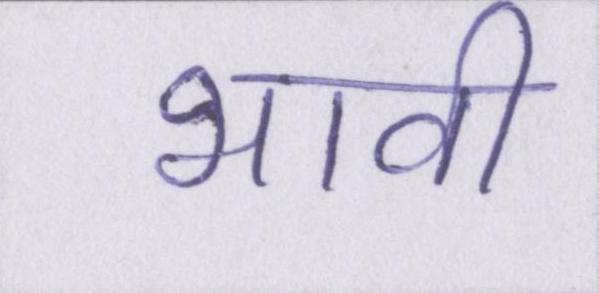
भावी